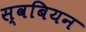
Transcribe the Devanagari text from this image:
स्वबियन